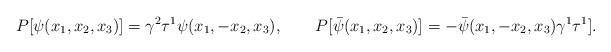
LaTeX: \begin{align*}P[ \psi (x_1,x_2,x_3)]= \gamma^2 \tau^1 \psi (x_1,-x_2,x_3),\qquad P[ \bar{\psi} (x_1,x_2,x_3)]=- \bar{\psi} (x_1,-x_2,x_3)\gamma^1 \tau^1 ].\end{align*}